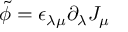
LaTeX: \tilde { \phi } = \epsilon _ { \lambda \mu } \partial _ { \lambda } J _ { \mu }